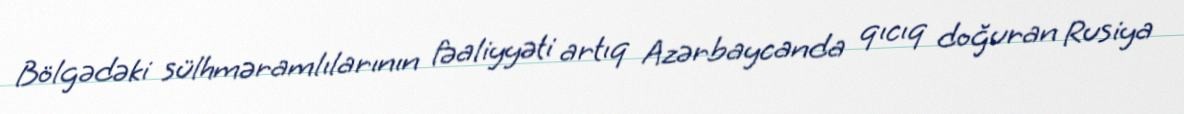
Bölgədəki sülhməramlılarının fəaliyyəti artıq Azərbaycanda qıcıq doğuran Rusiya